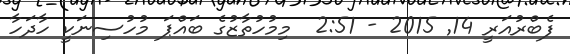
ފެބްރުއަރީ 14